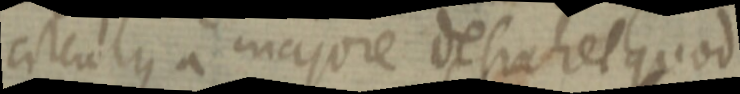
circulus a majore deshabet quod